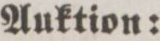
Auktion: